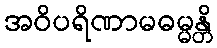
အဝိပရိဏာမဓမ္မန္တိ